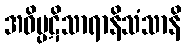
အဝိပ္ပဋိသာရာနိသံသာနိ